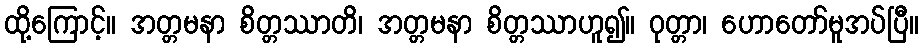
ထို့ကြောင့်။ အတ္တမနာ စိတ္တဿာတိ၊ အတ္တမနာ စိတ္တဿာဟူ၍။ ဝုတ္တာ၊ ဟောတော်မူအပ်ပြီ။